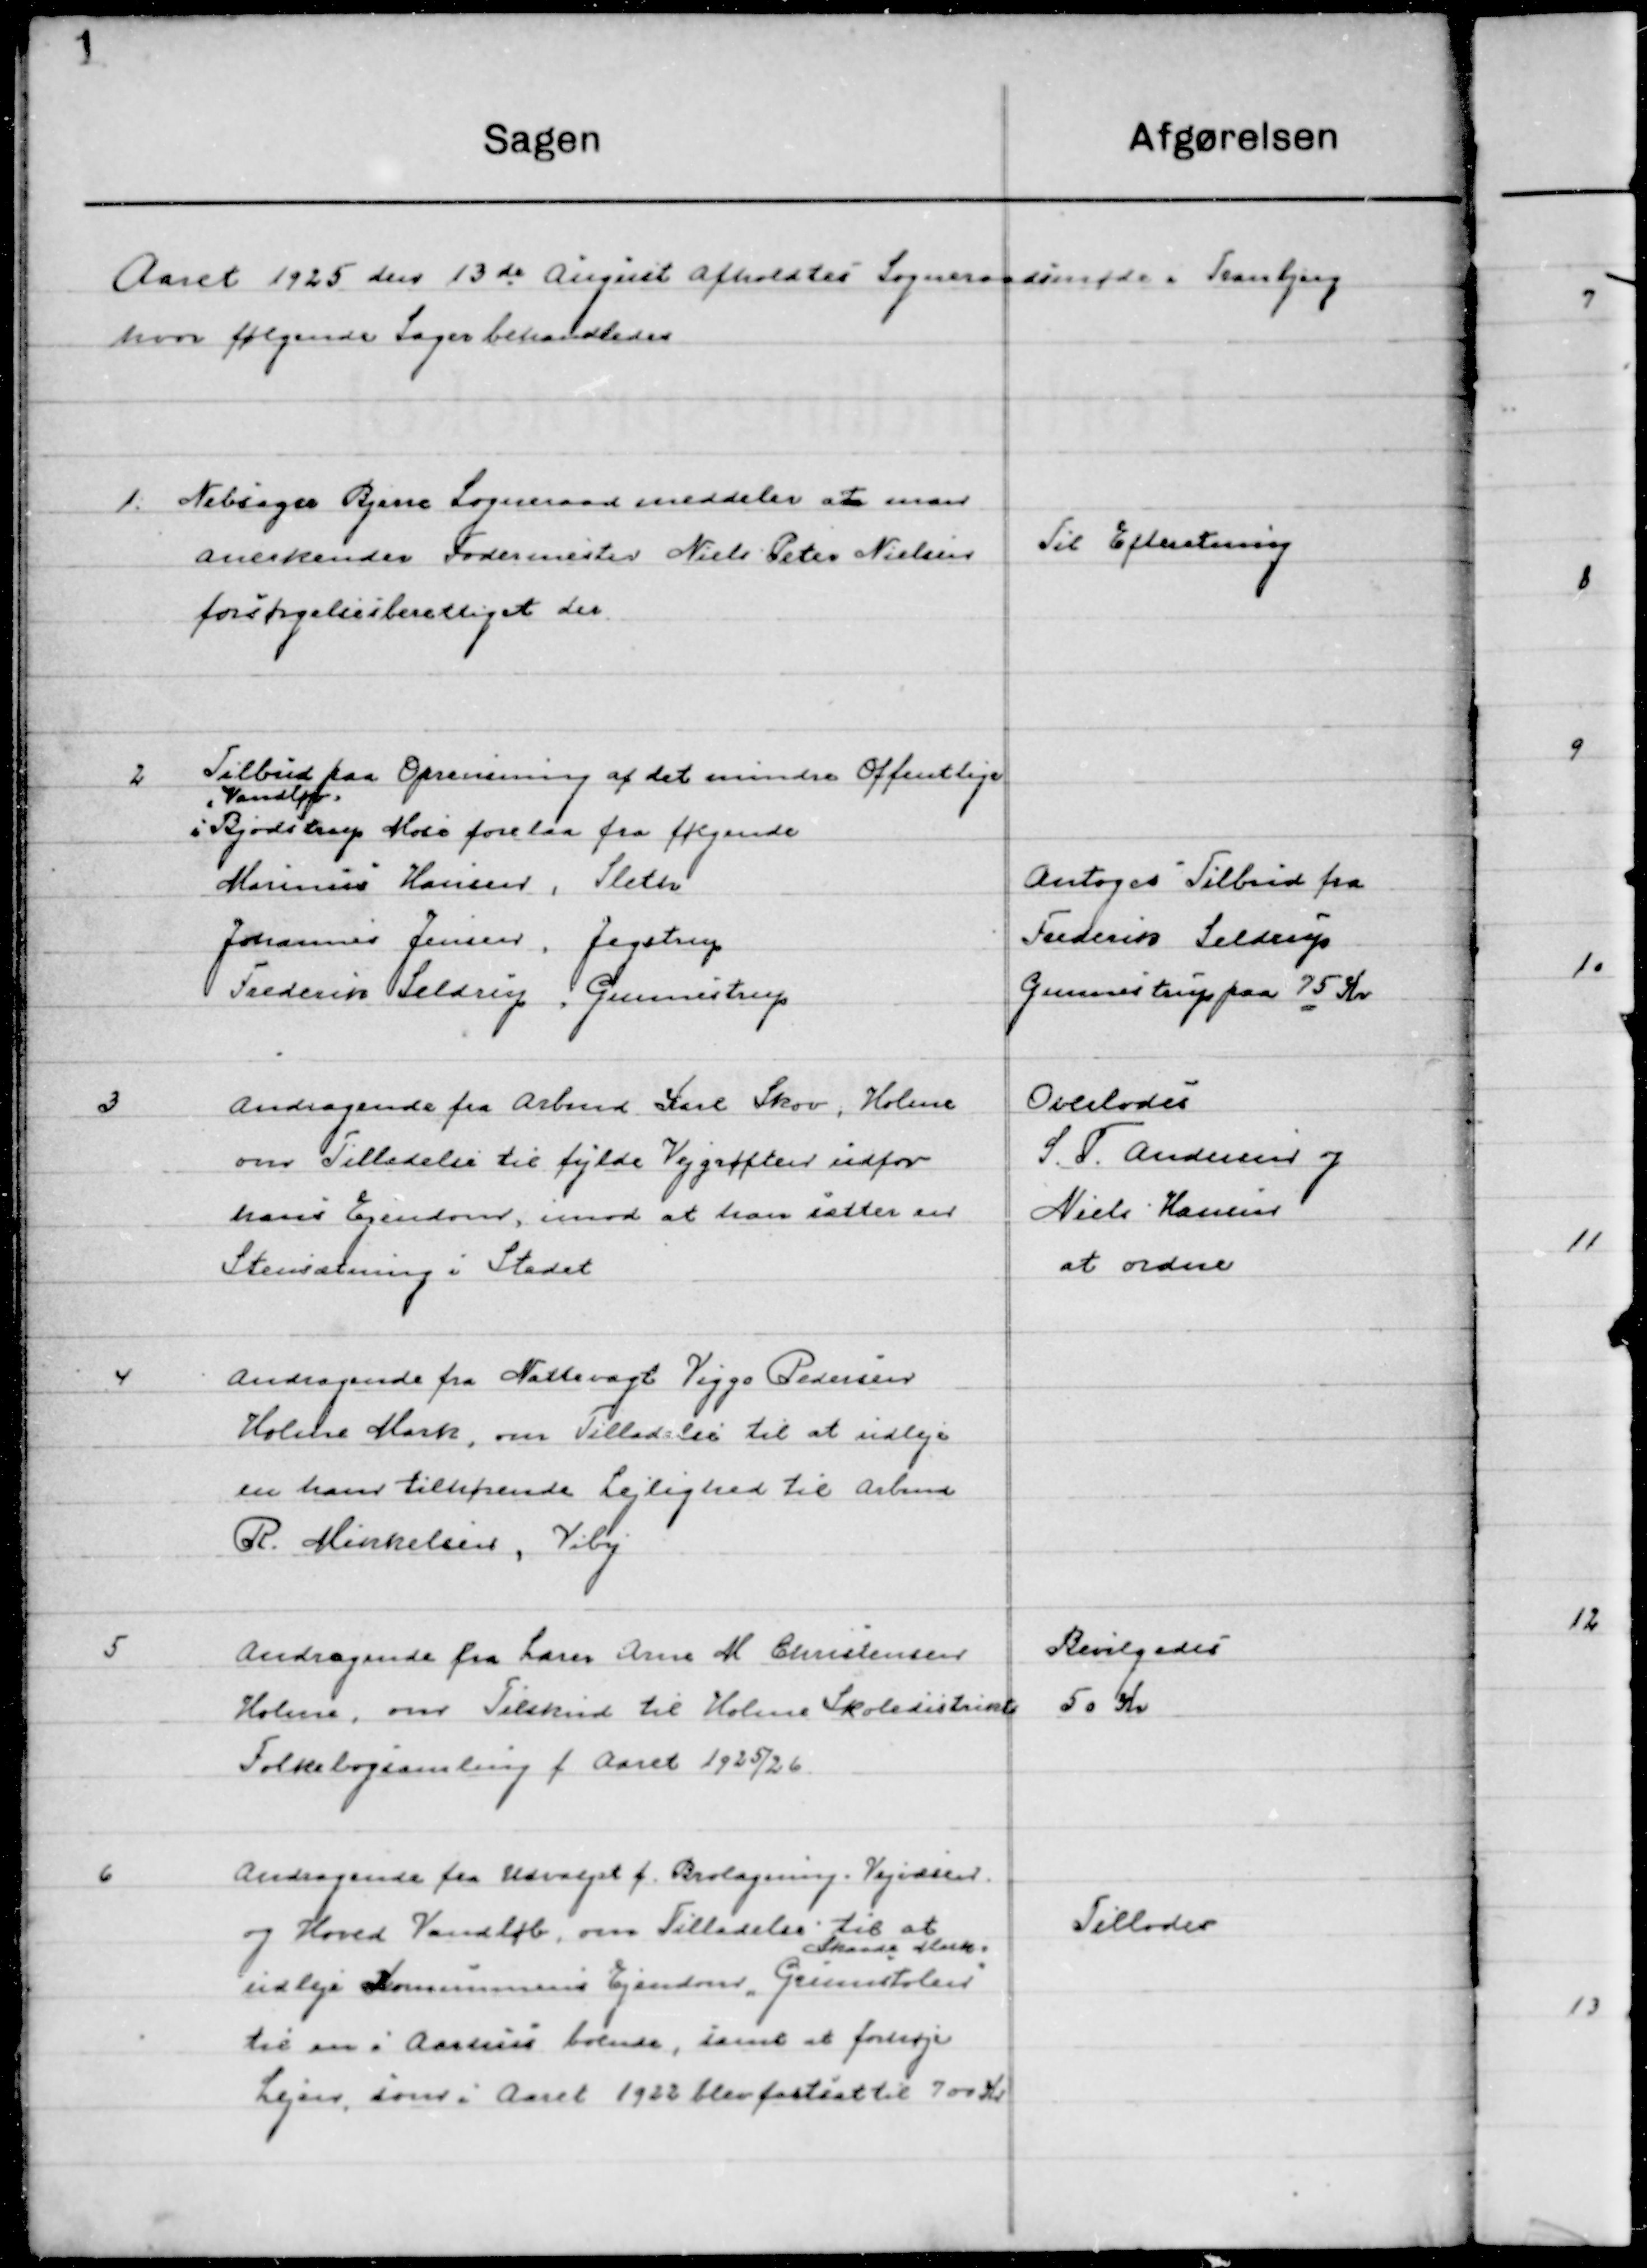
Transskription:
Aaret 1925 den 13 August afholdtes Sogneraadsmøde i Tranbjerg 
hvor følgende Sager behandledes.

1

Nebsager Bjerre Sogneraad meddeler at man
Anerkender Fodermester Niels Peter Nielsen
forsørgelsesberettiget der.

Til Efterretning

2

Tilbud paa Oprensning af det mindre Offentlige
Vandløb
i Bjødstrup Mose forelaa fra følgende
Marinus Hansen, Sleth
Johannes Jensen, Jegstrup 
Frederik Seldrup, Gunnestrup

Antoges Tilbud fra
Frederik Seldrup 
Gunnestrup paa 75 Kr.

3

Andragende fra Arbmd. Karl Skov, Holme
om Tilladelse til fylde Vejgrøften udfor
hans Ejendom, imod at han sætter en 
Stensætning i stedet.

Overlodes
S. F. Andersen og
Niels Hansen
at ordne

4

Andragende fra Nattevagt Viggo Pedersen
Holme Mark, om Tilladelse til at udleje
En han tilhørende Lejlighed til Arbmd.
R. Mikkelsen, Viby.

5

Andragende fra Lærer Anne M. Christensen
Holme, om Tilskud til Holme Skoledistrikt
Folkebogsamling f. Aaret 1925/26.

Bevilgedes
50 Kr.

6

Andragende fra Udvalget f. Brolægning, Vejside
og Hoved Vandløb, om Tilladelse til at
Udleje Kommunens Ejendom, „Grumstolen”   
Skaade Mark
til en i Aarhus boende, samt at forhøje
Lejen, som i Aaret 1922 blev fastsat til 700 Kr.

Tillodes